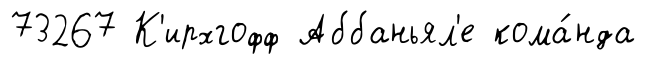
73267 К'ирхгофф Аббаньял'е кома́нда